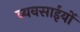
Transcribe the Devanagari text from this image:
व्यवसाईयों